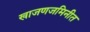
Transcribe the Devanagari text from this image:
खाजणजमिनीत